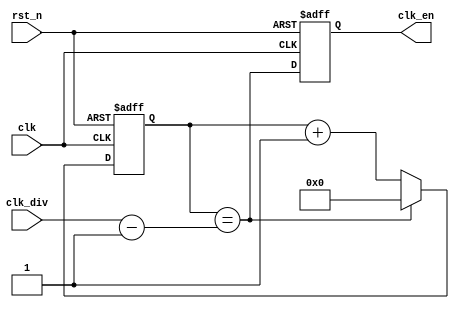

//////////////////////////////////////////////////////////////////////////////
//
// Copyright (c) 2020 PANGO MICROSYSTEMS, INC
// ALL RIGHTS REVERVED.
//
// THE SOURCE CODE CONTAINED HEREIN IS PROPRIETARY TO PANGO MICROSYSTEMS, INC.
// IT SHALL NOT BE REPRODUCED OR DISCLOSED IN WHOLE OR IN PART OR USED BY
// PARTIES WITHOUT WRITTEN AUTHORIZATION FROM THE OWNER.
//
//////////////////////////////////////////////////////////////////////////////

`timescale 1ns/1ps

module ipsxb_clk_gen_32bit(
    input           clk,
    input           rst_n,

    input   [15:0]  clk_div,
    output  reg     clk_en  // divided from baud
);

reg     [15:0] cnt;

always @(posedge clk or negedge rst_n)
begin
    if(~rst_n)
        cnt <= 16'b0;
    else if(cnt == (clk_div - 16'd1))
        cnt <= 16'b0;
    else
        cnt <= cnt + 16'b1;
end

always @(posedge clk or negedge rst_n)
begin
    if(~rst_n)
        clk_en <= 1'b0;
    else
        clk_en <= cnt == (clk_div - 16'd1);
end


endmodule //pgr_clk_gen